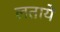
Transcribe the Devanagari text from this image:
लतायें